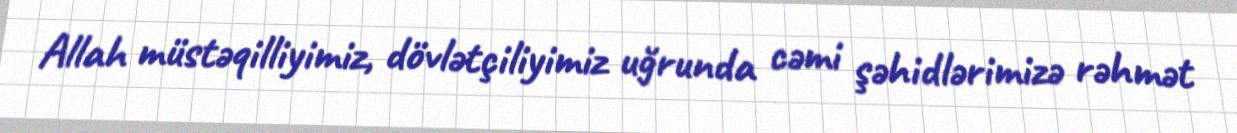
Allah müstəqilliyimiz, dövlətçiliyimiz uğrunda cəmi şəhidlərimizə rəhmət